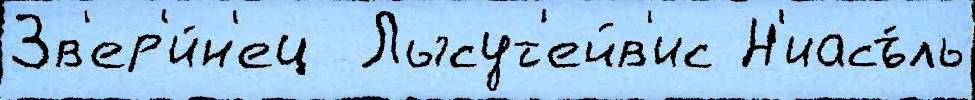
Зв'ер'и́н'ец  Лысут'ейв'ис Н'иасъ́ль